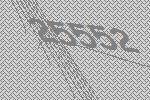
25552